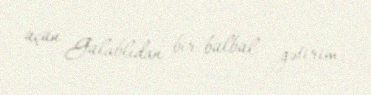
üçün Gülablıdan bir bülbül gətirim.